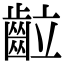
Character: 䶘